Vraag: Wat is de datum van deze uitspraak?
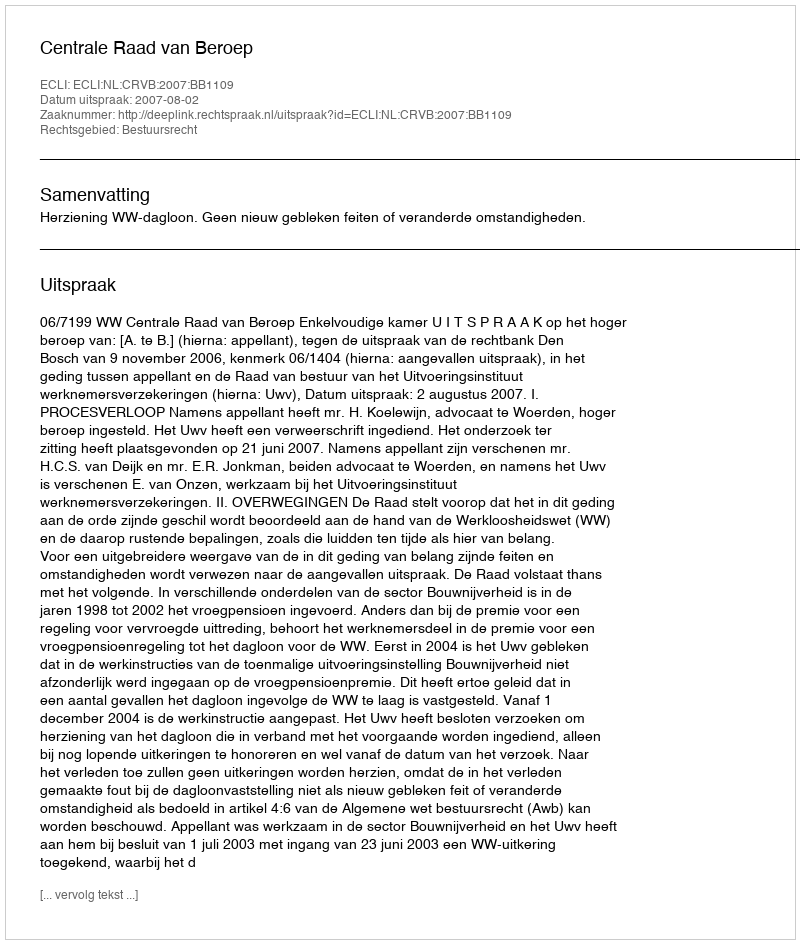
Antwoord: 2007-08-02